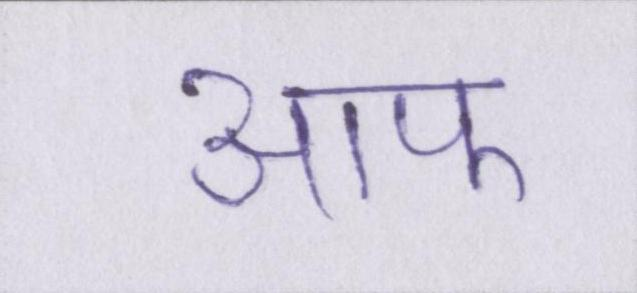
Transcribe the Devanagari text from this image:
आफ